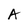
Character: A